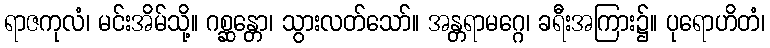
ရာဇကုလံ၊ မင်းအိမ်သို့။ ဂစ္ဆန္တော၊ သွားလတ်သော်။ အန္တရာမဂ္ဂေ၊ ခရီးအကြား၌။ ပုရောဟိတံ၊